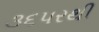
૩૬પરથી